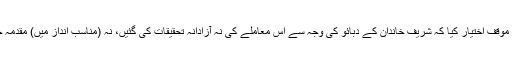
نیب نے تازہ موقف اختیار کیا کہ شریف خاندان کے دبائو کی وجہ سے اس معاملے کی نہ آزادانہ تحقیقات کی گئیں، نہ (مناسب انداز میں) مقدمہ چلایا جا سکا۔